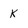
Character: k